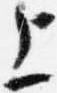
上